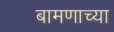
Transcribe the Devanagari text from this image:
बामणाच्या